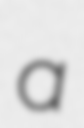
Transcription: a